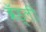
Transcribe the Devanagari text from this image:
ब्रॅड्ली